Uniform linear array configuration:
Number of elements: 32
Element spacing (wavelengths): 0.75
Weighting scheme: blackman
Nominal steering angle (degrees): -30
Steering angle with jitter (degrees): -28.177
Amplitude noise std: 0.05
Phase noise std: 0.05

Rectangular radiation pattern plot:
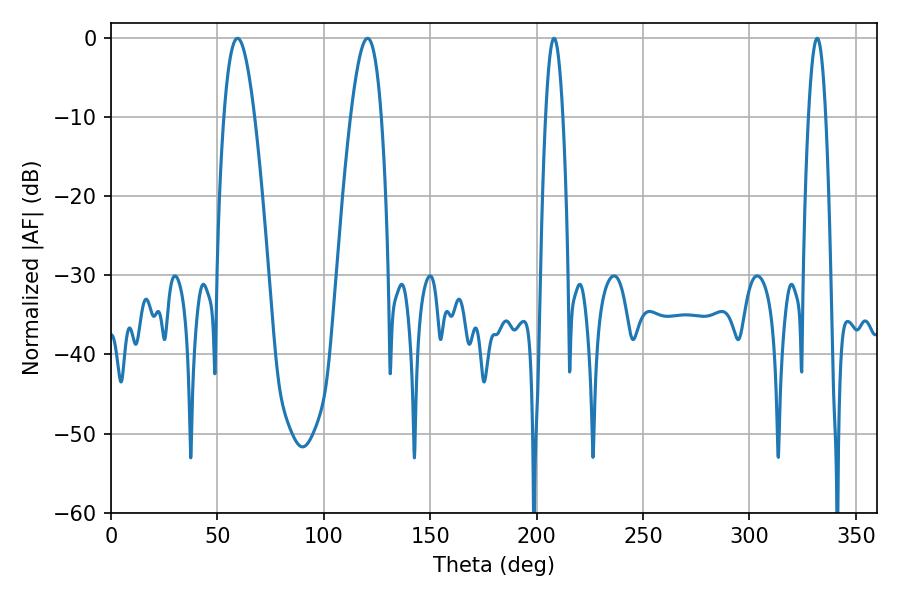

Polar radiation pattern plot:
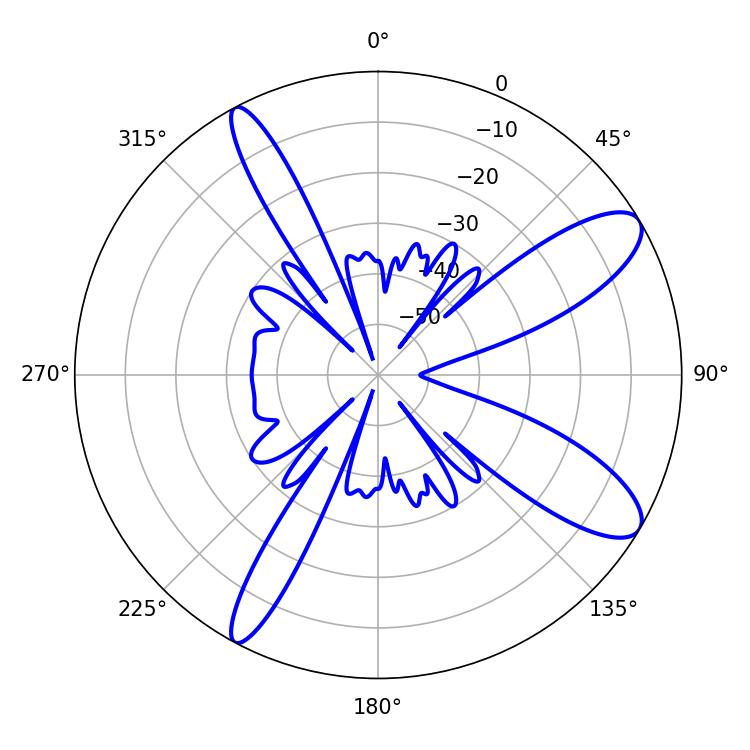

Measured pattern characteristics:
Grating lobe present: TRUE
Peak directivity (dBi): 10.538
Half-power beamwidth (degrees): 7.74
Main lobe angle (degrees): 59.4